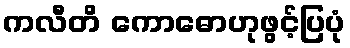
ကလီတိ ကောဓောဟုဖွင့်ပြပုံ